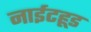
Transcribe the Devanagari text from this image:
नाईटहूड